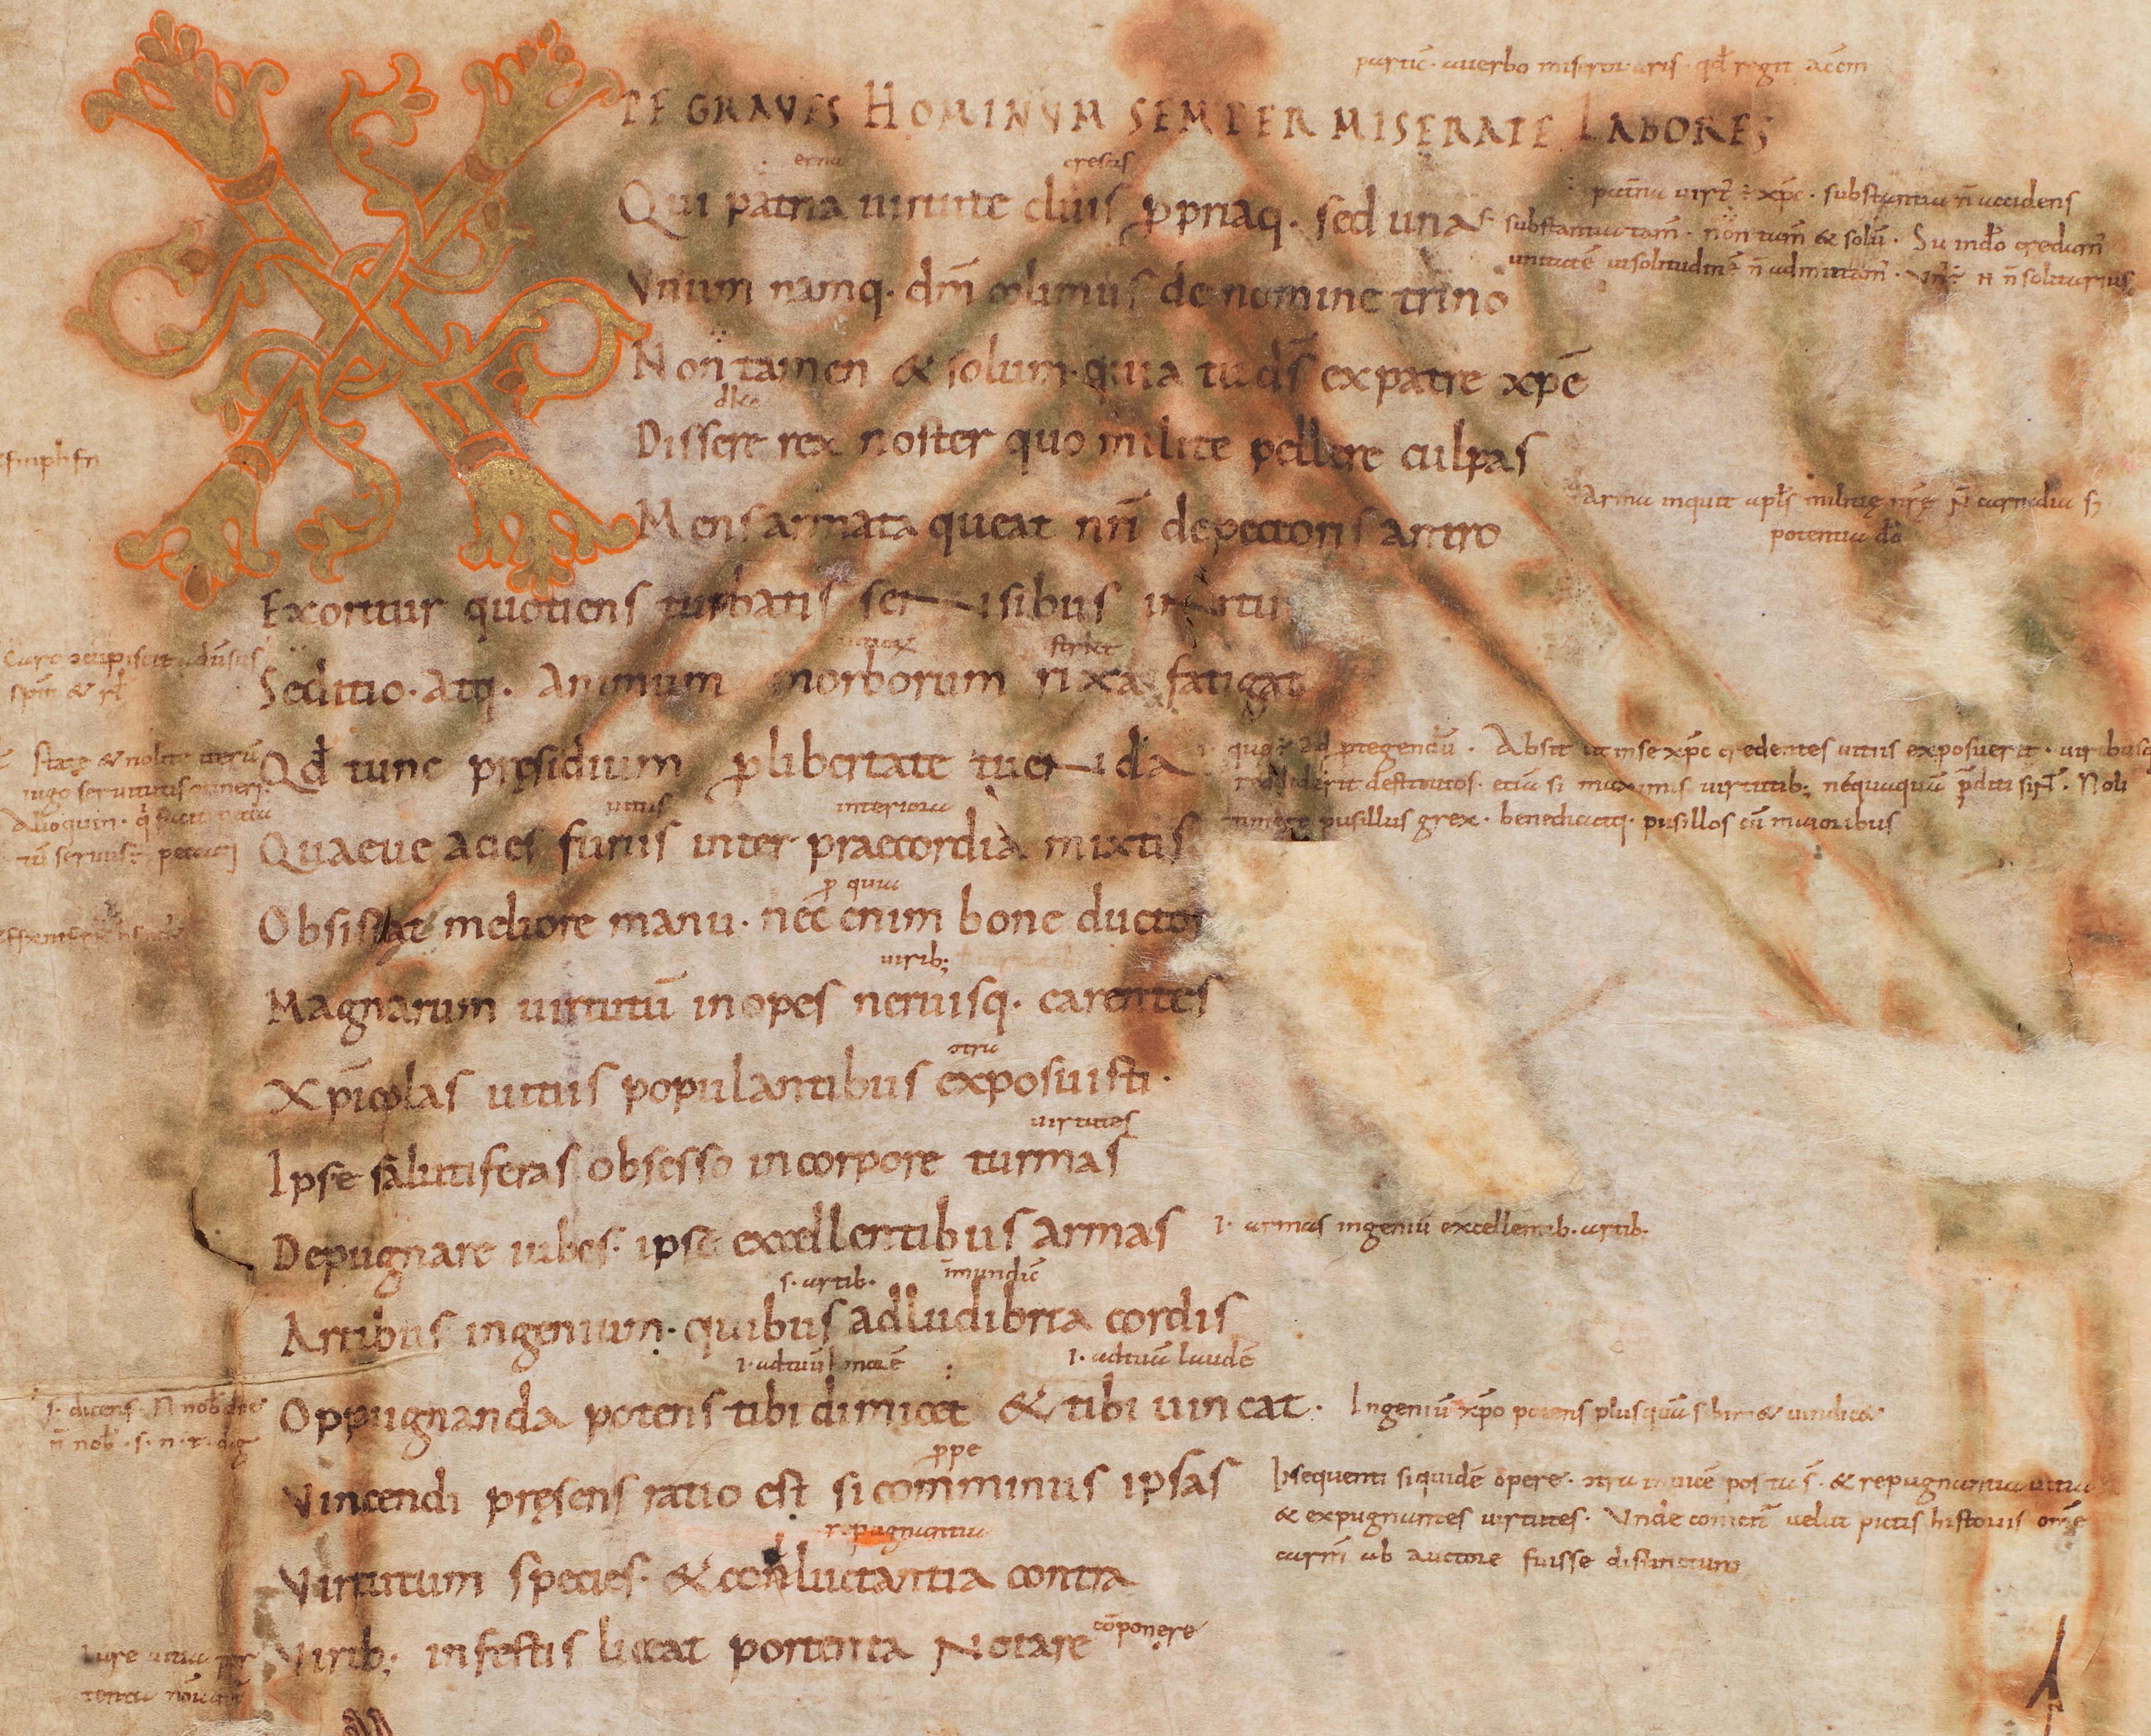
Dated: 885–915